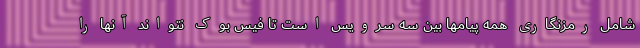
شامل رمزنگاری همه پیامها بین سه سرویس است تا فیس بوک نتواند آنها را